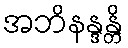
အဘိနန္ဒန္တိ